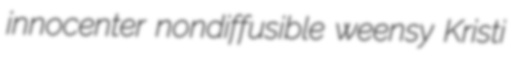
innocenter nondiffusible weensy Kristi